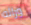
ورائه